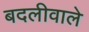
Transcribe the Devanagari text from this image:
बदलीवाले